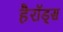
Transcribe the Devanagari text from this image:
हैरॉड्स